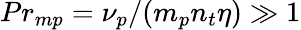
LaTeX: {Pr_{mp}}=\nu_{p}/(m_{p}n_{t}\eta)\gg 1